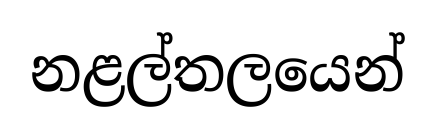
නළල්තලයෙන්